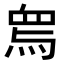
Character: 𤉱